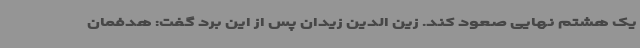
یک هشتم نهایی صعود کند. زین الدین زیدان پس از این برد گفت: هدفمان